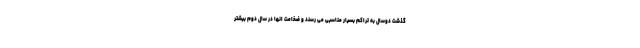
گذشت دوسال به تراکم بسیار مناسبی می رسند و ضخامت انها در سال دوم بیشتر